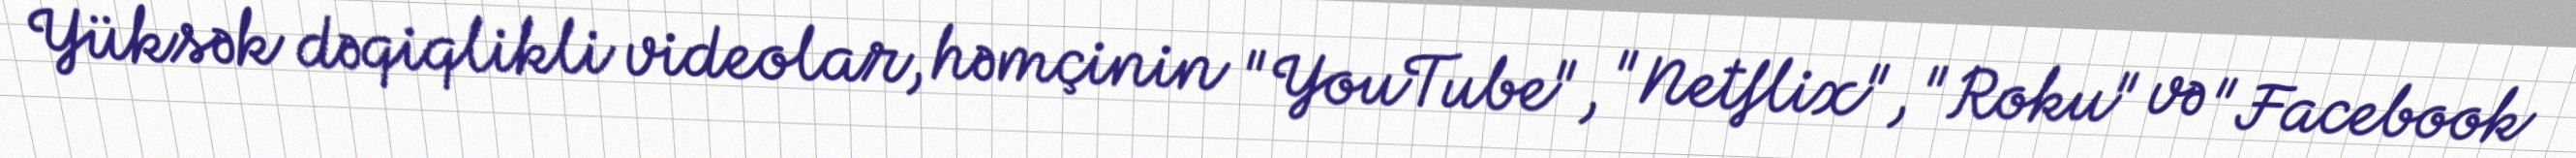
Yüksək dəqiqlikli videolar, həmçinin "YouTube", "Netflix", "Roku" və "Facebook